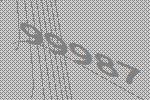
99987